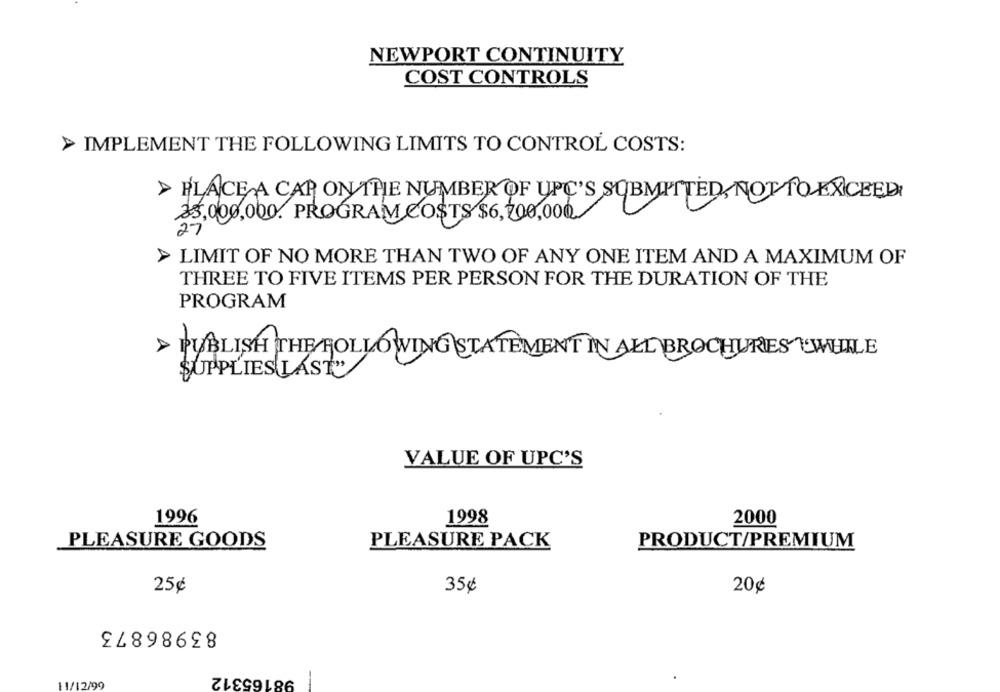
NEWPORT CONTINUITY
COST CONTROLS
> IMPLEMENT THE FOLLOWING LIMITS TO CONTROL COSTS:
> PLACE A CAR ON THE NUMBER OF UPC'S SUBMITTED, NOT TO EXCEED
25,000,000. PROGRAM COSTS $6,200,000.
> LIMIT OF NO MORE THAN TWO OF ANY ONE ITEM AND A MAXIMUM OF
THREE TO FIVE ITEMS PER PERSON FOR THE DURATION OF THE
PROGRAM
>PUBLISH THE FOLLOWING STATEMENT IN ALL BROCHURES WHILE
SUPPLIES LAST"
VALUE OF UPC'S
1996
1998
2000
PLEASURE GOODS
PLEASURE PACK
PRODUCT/PREMIUM
25¢
35¢
20¢
83986873
98165312
11/12/99